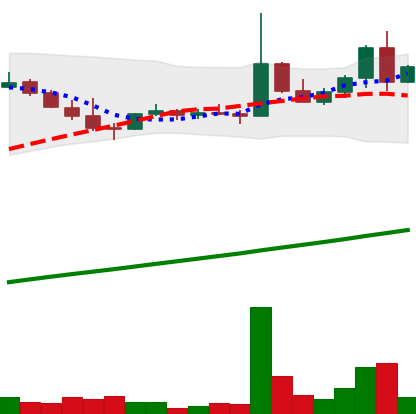
Ticker: DOGE-USD
Chart end date: 2021-04-08
Forward return: 52.032%
Label: up_7plus